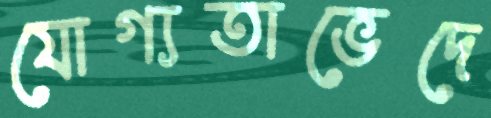
যোগ্যতাভেদে